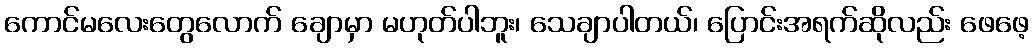
ကောင်မလေးတွေလောက် ချောမှာ မဟုတ်ပါဘူး၊ သေချာပါတယ်၊ ပြောင်းအရက်ဆိုလည်း ဖေဖေ့